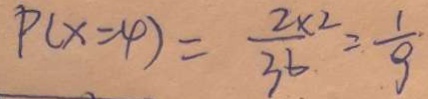
P ( x = 4 ) = \frac { 2 \times 2 } { 3 6 } = \frac { 1 } { 9 }